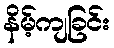
နိမ့်ကျခြင်း